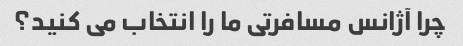
چرا آژانس مسافرتی ما را انتخاب می کنید؟